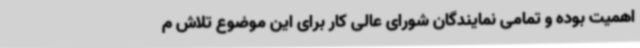
اهمیت بوده و تمامی نمایندگان شورای عالی کار برای این موضوع تلاش م